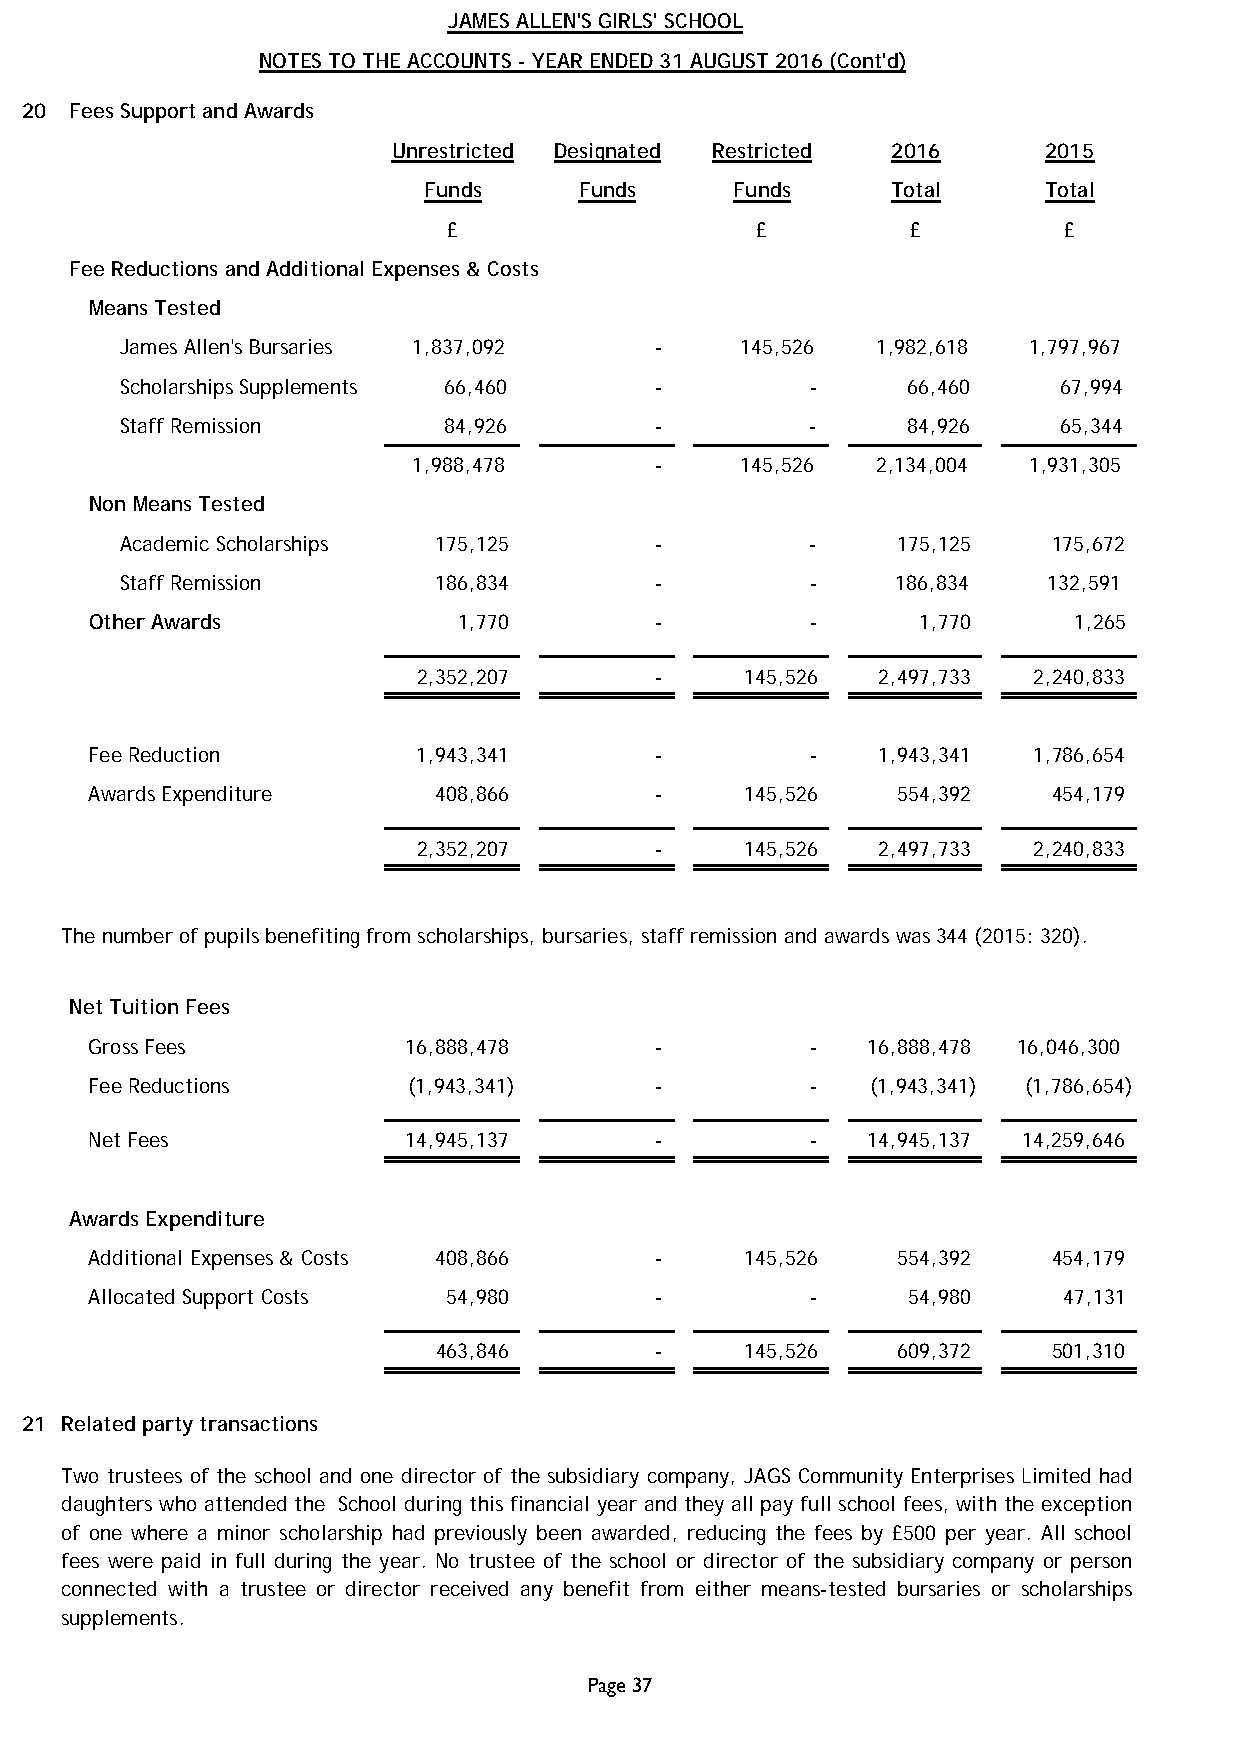
JAMES ALLEN'S GIRLS' SCHOOL
 NOTES TO THE ACCOUNTS - YEAR ENDED 31 AUGUST 2016 (Cont'd)
 2 0 Fees Support and Awards
 Unrestricted Designated Restricted 2016    2015
 Funds     Funds      Funds     Total     Total
 £                   £         £         £
 Fee Reductions and Additional Expenses & Costs
 Means Tested
 James Allen's Bursaries 1,837,092  -     145,526  1,982,618 1,797,967
 Scholarships Supplements 66,460    -          -     66,460    67,994
 Staff Remission      84,926        -          -     84,926    65,344
 1,988,478       -     145,526  2,134,004 1,931,305
 Non Means Tested
 Academic Scholarships 175,125      -          -    175,125    175,672
 Staff Remission      186,834       -          -    186,834   132,591
 Other Awards            1 ,770       -          -      1,770     1 ,265
 2,352,207      -     145,526  2,497,733 2,240,833
 Fee Reduction         1,943,341      -          -   1,943,341 1,786,654
 Awards Expenditure     408,866       -     145,526   554,392    454,179
 2,352,207      -     145,526  2,497,733 2,240,833
 The number of pupils benefiting from scholarships, bursaries, staff remission and awards was 344 (2015: 320).
 Net Tuition Fees
 Gross Fees           16,888,478      -          -  16,888,478 16,046,300
 Fee Reductions       (1,943,341)     -          -   (1,943,341) (1,786,654)
 Net Fees             14,945,137      -          -  14,945,137 14,259,646
 Awards Expenditure
 Additional Expenses & Costs 408,866  -     145,526   554,392    454,179
 Allocated Support Costs 54,980       -          -     54,980    47,131
 463,846       -     145,526   609,372    501,310
 2 1 Related party transactions
 Two trustees of the school and one director of the subsidiary company, JAGS Community Enterprises Limited had
 daughters who attended the School during this financial year and they all pay full school fees, with the exception
 of one where a minor scholarship had previously been awarded, reducing the fees by £500 per year. All school
 fees were paid in full during the year. No trustee of the school or director of the subsidiary company or person
 connected with a trustee or director received any benefit from either means-tested bursaries or scholarships
 supplements.
 Page 37